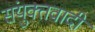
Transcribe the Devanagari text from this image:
संयुक्तवादी